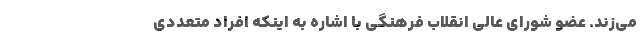
می‌زند. عضو شورای عالی انقلاب فرهنگی با اشاره به اینکه افراد متعددی